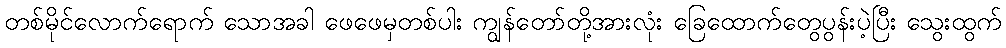
တစ်မိုင်လောက်ရောက် သောအခါ ဖေဖေမှတစ်ပါး ကျွန်တော်တို့အားလုံး ခြေထောက်တွေပွန်းပဲ့ပြီး သွေးထွက်